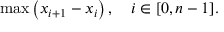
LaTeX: \operatorname* { m a x } \left( x _ { i + 1 } - x _ { i } \right) , \quad i \in [ 0 , n - 1 ] .